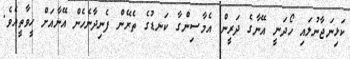
ކަޅިނަޖާނުލައި ހޯދަނީ އޭނާގެ ދަރީން އެމާސިންގާ ކަނޑުގެ ތެރޭން ފެނިދާނެހެން އޭނާއަށް ހީވާތީއެވެ.